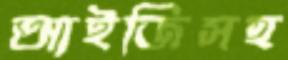
আইজিসহ